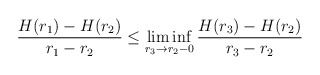
\begin{align*}\frac{H(r_1)-H(r_2)}{r_1-r_2} \leq\liminf\limits_{r_3 \to r_2-0}\frac{H(r_3)-H(r_2)}{r_3-r_2}\end{align*}